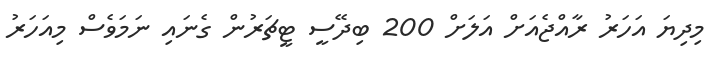
މިދިޔަ އަހަރު ރާއްޖެއަށް އަލަށް 200 ބިދޭސީ ޓީޗަރުން ގެނައި ނަމަވެސް މިއަހަރު